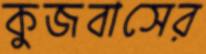
কুজবাসের